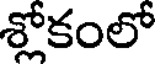
శ్లోకంలో